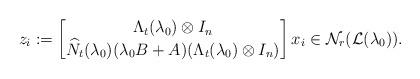
LaTeX: \begin{align*}z_i:=\begin{bmatrix}\Lambda_t(\lambda_0)\otimes I_n \\\widehat{N}_t(\lambda_0)(\lambda_0 B+A)(\Lambda_t(\lambda_0)\otimes I_n)\end{bmatrix}x_i\in\mathcal{N}_r(\mathcal{L}(\lambda_0)).\end{align*}